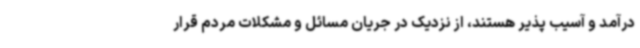
درآمد و آسیب پذیر هستند، از نزدیک در جریان مسائل و مشکلات مردم قرار